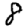
Digit: 8